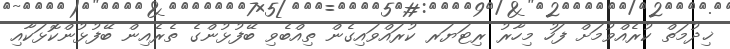
ޚިދުމަތް ކުރެއްވުމަށް ފަހު މިހާރު ރިޓަޔަރ ކުރައްވައިގެން ތިއްބެވި ބޭފުޅުންގެ ތެރެއިން ބޭފުޅުންކޮޅަކާއި